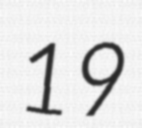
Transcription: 19